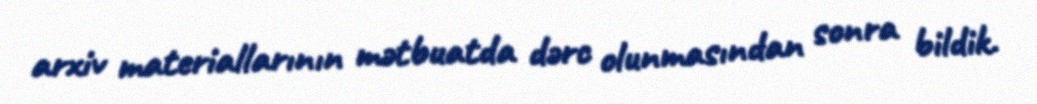
arxiv materiallarının mətbuatda dərc olunmasından sonra bildik.